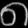
Digit: ၈